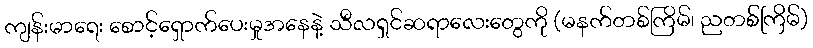
ကျန်းမာရေး စောင့်ရှောက်ပေးမှုအနေနဲ့ သီလရှင်ဆရာလေးတွေကို (မနက်တစ်ကြိမ်၊ ညတစ်ကြိမ်)